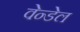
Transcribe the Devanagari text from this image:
वेन्डेल